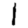
Digit: 1